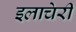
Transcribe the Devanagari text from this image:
इलाचेरी